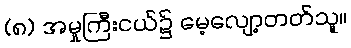
(၈) အမှုကြီးငယ်၌ မေ့လျော့တတ်သူ။